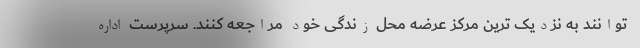
توانند به نزدیک ترین مرکز عرضه محل زندگی خود مراجعه کنند. سرپرست اداره